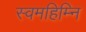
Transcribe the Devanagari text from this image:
स्वमहिम्नि